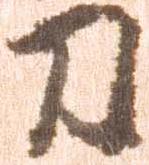
刀